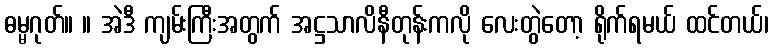
ဓမ္မဂုတ်။ ။ အဲဒီ ကျမ်းကြီးအတွက် အဋ္ဌသာလိနီတုန်းကလို လေးတွဲတော့ ရိုက်ရမယ် ထင်တယ်၊